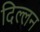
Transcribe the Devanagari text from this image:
दिल्लन